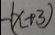
- ( x + 3 )